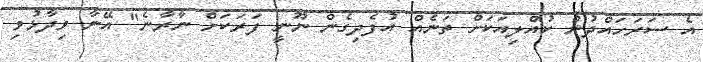
އެ ސަރަހައްދުން ކުއްލިއަކަށް ތަނެއް އުފެދިގެން ނޫނީ ފަރަކަށް ނާރާނެ" އޭނާ ވިދާޅުވި